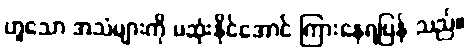
ဟူသော အသံများကို မဆုံးနိုင်အောင် ကြားနေရပြန် သည်။